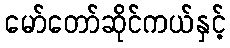
မော်တော်ဆိုင်ကယ်နှင့်